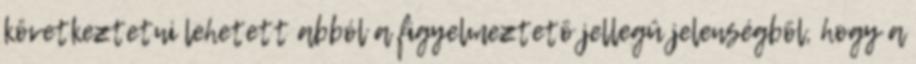
következtetni lehetett abból a figyelmeztetõ jellegû jelenségbõl, hogy a